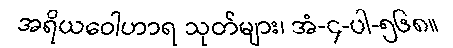
အရိယဝေါဟာရ သုတ်များ၊ အံ-၄-ပါ-၅၆၈။